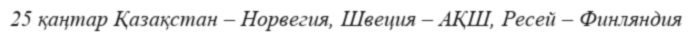
25 қаңтар Қазақстан – Норвегия, Швеция – АҚШ, Ресей – Финляндия